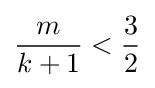
{\frac {m}{k+1}}<{\frac {3}{2}}